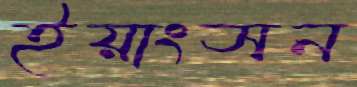
ইয়াংসন